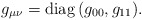
\begin{align*}g_{\mu\nu} = {\rm diag} \, (g_{00},g_{11}).\end{align*}